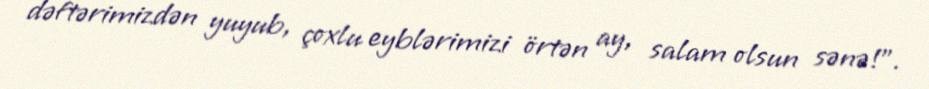
dəftərimizdən yuyub, çoxlu eyblərimizi örtən ay, salam olsun sənə!”.